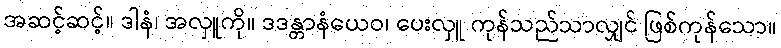
အဆင့်ဆင့်။ ဒါနံ၊ အလှူကို။ ဒဒန္တာနံယေဝ၊ ပေးလှူ ကုန်သည်သာလျှင် ဖြစ်ကုန်သော။